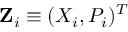
{ \bf Z } _ { i } \equiv ( X _ { i } , P _ { i } ) ^ { T }